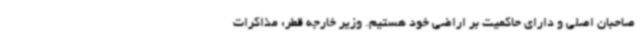
صاحبان اصلی و دارای حاکمیت بر اراضی خود هستیم. وزیر خارجه قطر: مذاکرات